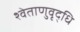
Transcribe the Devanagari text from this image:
श्वेताणुवृद्धि